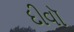
દીવૉ